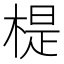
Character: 㮛